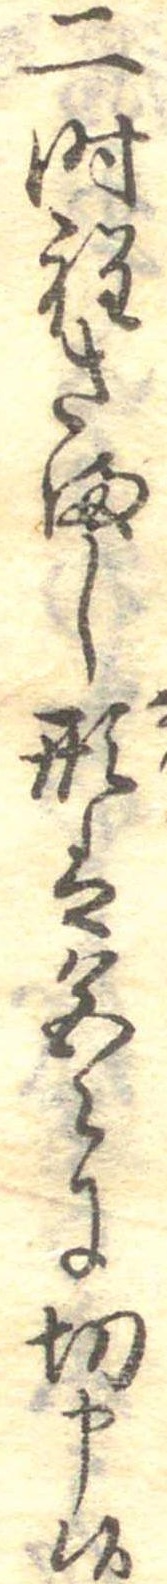
二時程さまし形は色〻に切申候